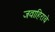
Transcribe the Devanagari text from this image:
जवाहिराचे